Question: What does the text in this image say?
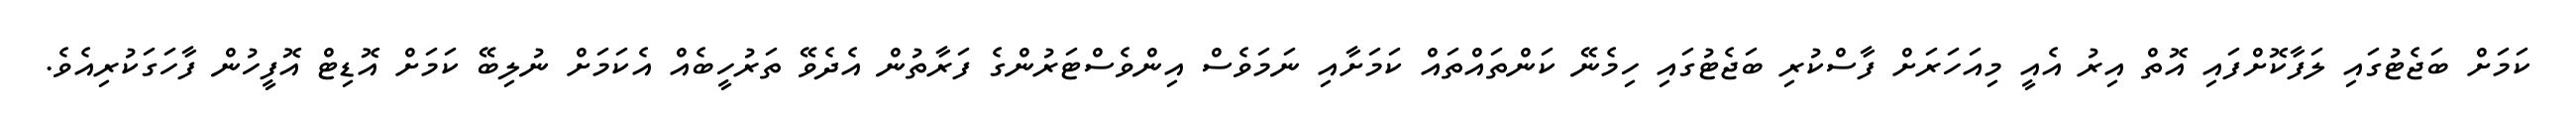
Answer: ކަމަށް ބަޖެޓުގައި ލަފާކޮށްފައި އޮތް އިރު އެއީ މިއަހަރަށް ފާސްކުރި ބަޖެޓުގައި ހިމެނޭ ކަންތައްތައް ކަމަށާއި ނަމަވެސް އިންވެސްޓަރުންގެ ފަރާތުން އެދެވޭ ތަރުހީބެއް އެކަމަށް ނުލިބޭ ކަމަށް އޮޑިޓް އޮފީހުން ފާހަގަކުރިއެވެ.